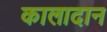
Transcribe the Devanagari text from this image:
कालादान